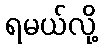
ရမယ်လို့